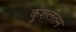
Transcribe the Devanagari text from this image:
कुशलतम